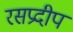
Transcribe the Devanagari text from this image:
रसप्रदीप